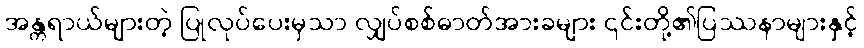
အန္တရာယ်များတဲ့ ပြုလုပ်ပေးမှသာ လျှပ်စစ်ဓာတ်အားခများ ၎င်းတို့၏ပြဿနာများနှင့်